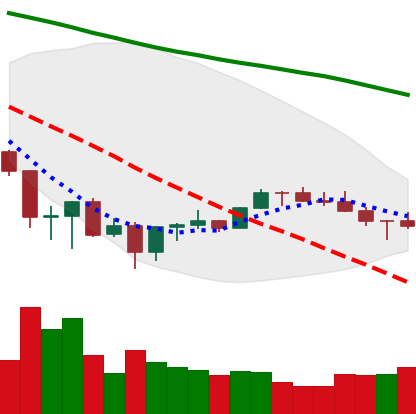
Ticker: BNB-USD
Chart end date: 2022-07-01
Forward return: 10.409%
Label: up_7plus